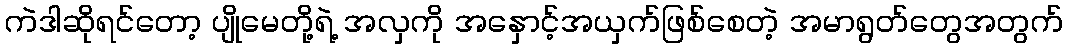
ကဲဒါဆိုရင်တော့ ပျိုမေတို့ရဲ့ အလှကို အနှောင့်အယှက်ဖြစ်စေတဲ့ အမာရွတ်တွေအတွက်